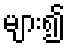
များ၍